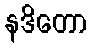
နဒိတော